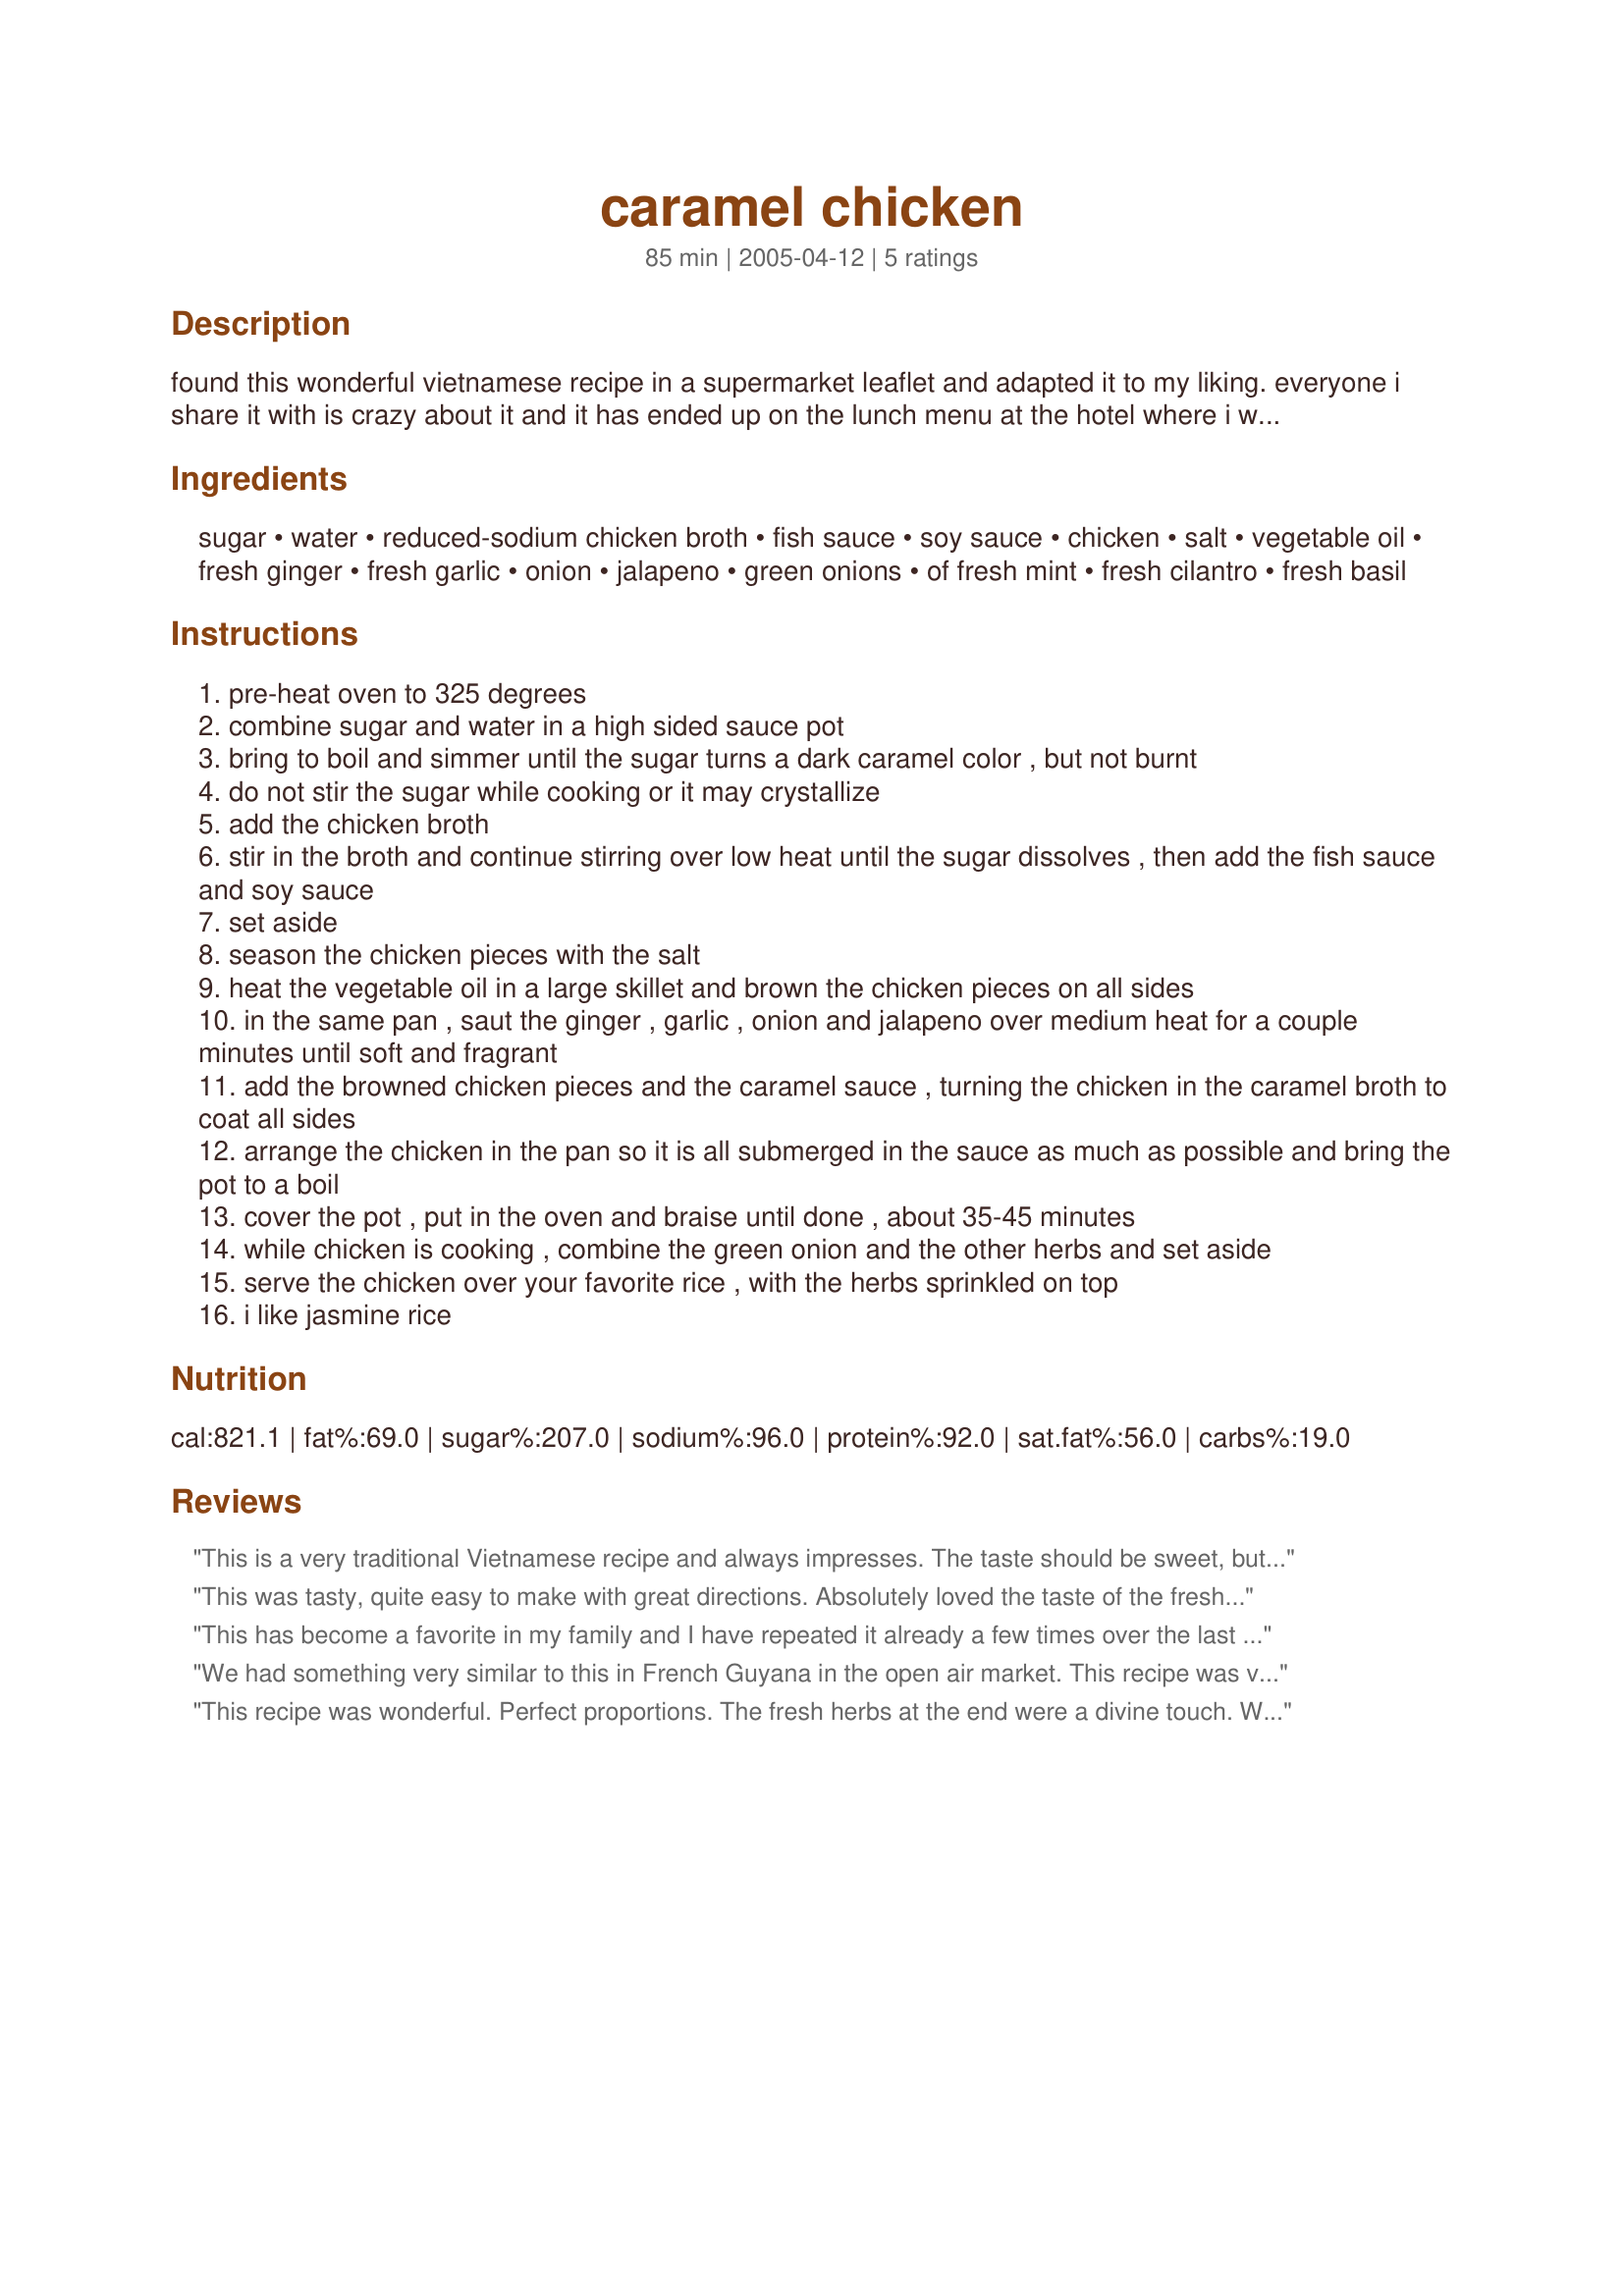
caramel chicken
Preparation time: 85 minutes

found this wonderful vietnamese recipe in a supermarket leaflet and adapted it to my liking. everyone i share it with is crazy about it and it has ended up on the lunch menu at the hotel where i work! if you've never used fish sauce before, go for it. it may smell like dirty socks, but it is essential to this dish, do not delete or substitute. if you don't want to bother with all the herbs, just use cilantro, it's still great. let me know how you like it!

Ingredients:
sugar, water, reduced-sodium chicken broth, fish sauce, soy sauce, chicken, salt, vegetable oil, fresh ginger, fresh garlic, onion, jalapeno, green onions, of fresh mint, fresh cilantro, fresh basil

Steps:
pre-heat oven to 325 degrees
combine sugar and water in a high sided sauce pot
bring to boil and simmer until the sugar turns a dark caramel color , but not burnt
do not stir the sugar while cooking or it may crystallize
add the chicken broth
stir in the broth and continue stirring over low heat until the sugar dissolves , then add the fish sauce and soy sauce
set aside
season the chicken pieces with the salt
heat the vegetable oil in a large skillet and brown the chicken pieces on all sides
in the same pan , saut the ginger , garlic , onion and jalapeno over medium heat for a couple minutes until soft and fragrant
add the browned chicken pieces and the caramel sauce , turning the chicken in the caramel broth to coat all sides
arrange the chicken in the pan so it is all submerged in the sauce as much as possible and bring the pot to a boil
cover the pot , put in the oven and braise until done , about 35-45 minutes
while chicken is cooking , combine the green onion and the other herbs and set aside
serve the chicken over your favorite rice , with the herbs sprinkled on top
i like jasmine rice

Reviews:
This is a very traditional Vietnamese recipe and always impresses. The taste should be sweet, but not overpoweringly so. You should be able to taste all the flavours distinctly - fishy, salty and sweet. In the version I have, there is only cilantro included, the basil and mint doesn't feature. There are no chillies in it either. You can make it more authentic by substituting Thai palm sugar (which is pale in colour - do not use the dark coloured palm sugar)and using less - maybe 1/2 a cup with a couple of tabsp of water. Also, the sugar/water mix should be reduced to a thick syrup but not a deep coloured caramel.
This was tasty, quite easy to make with great directions. Absolutely loved the taste of the fresh herbs thrown in at the end. Thanks Chef Smith, looking forward to seeing more recipes from you.
This has become a favorite in my family and I have repeated it already a few times over the last 6 months.
We had something very similar to this in French Guyana in the open air market. This recipe was very easy and a big hit. The only thing I changed was that I skinned the chicken.
This recipe was wonderful. Perfect proportions. The fresh herbs at the end were a divine touch. We replaced the jalapenos with green chile to suit dinner guests with digestive issues. For those with acid reflux, IBS, and chronic gas, spicy foods can irritate. Rest assured. Nothing is lost by using the mild green chile. We also decided to add some homegrown kumquats and thinly sliced red peppers ten minutes before baking was done. The tartness of the kumquats and the crispness of the peppers were perfect accents to this already phenomenal recipe. Perfection was achieved. Thank you!
